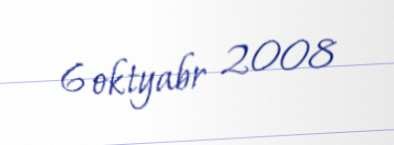
6 oktyabr 2008